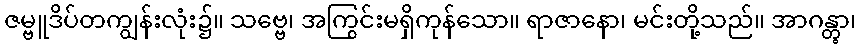
ဇမ္ဗူဒိပ်တကျွန်းလုံး၌။ သဗ္ဗေ၊ အကြွင်းမရှိကုန်သော။ ရာဇာနော၊ မင်းတို့သည်။ အာဂန္တွာ၊